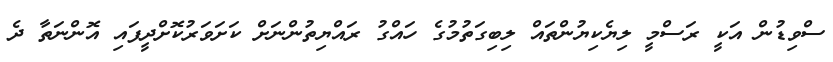
ސްވިޑުން އަކީ ރަސްމީ ލިޔެކިޔުންތައް ލިބިގަތުމުގެ ހައްގު ރައްޔިތުންނަށް ކަށަވަރުކޮށްދީފައި އޮންނަތާ ދެ